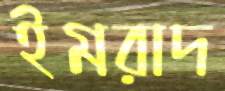
ইমরাদ